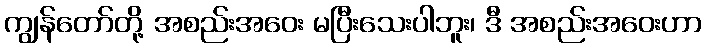
ကျွန်တော်တို့ အစည်းအဝေး မပြီးသေးပါဘူး၊ ဒီ အစည်းအဝေးဟာ